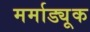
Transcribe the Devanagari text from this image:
मर्माड्यूक